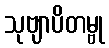
သုဗျာပိတမ္ဗု